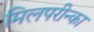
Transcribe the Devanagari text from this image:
मिलपरीन्का